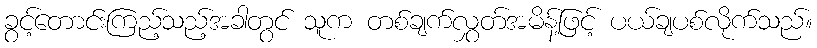
ခွင့်တောင်းကြည့်သည့်အခါတွင် သူက တစ်ချက်လွှတ်အမိန့်ဖြင့် ပယ်ချပစ်လိုက်သည်။